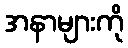
အနာများကို